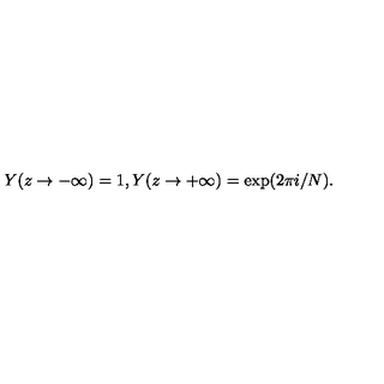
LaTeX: Y ( z \rightarrow - \infty ) = 1 , Y ( z \rightarrow + \infty ) = \exp ( 2 \pi i / N ) .